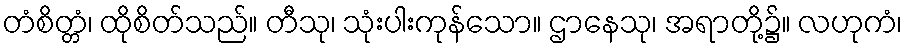
တံစိတ္တံ၊ ထိုစိတ်သည်။ တီသု၊ သုံးပါးကုန်သော။ ဌာနေသု၊ အရာတို့၌။ လဟုကံ၊